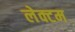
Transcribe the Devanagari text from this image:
लेक्टम